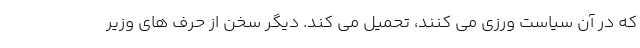
که در آن سیاست ورزی می کنند، تحمیل می کند. دیگر سخن از حرف های وزیر